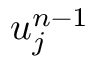
u _ { j } ^ { n - 1 }